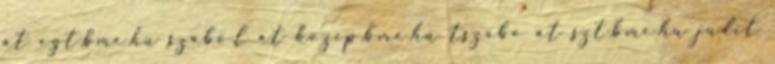
at egt.bme.hu szabo.l at kozep.bme.hu tszabo at szt.bme.hu judit